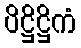
ပိဋ္ဌိဋ္ဌိကံ